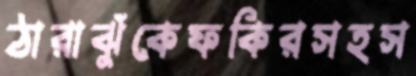
ঠারাঝুঁকেফকিরসহস